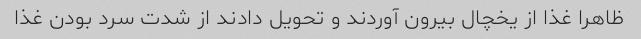
ظاهرا غذا از یخچال بیرون آوردند و تحویل دادند از شدت سرد بودن غذا